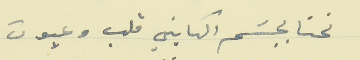
نحنا بجسَم الكايني قلب وعيون